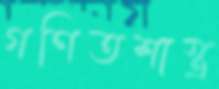
গণিতশাস্ত্র